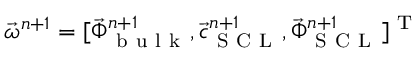
\vec { \omega } ^ { n + 1 } = [ \vec { \Phi } _ { \mathrm { ~ b ~ u ~ l ~ k ~ } } ^ { n + 1 } , \vec { c } _ { \mathrm { ~ S ~ C ~ L ~ } } ^ { n + 1 } , \vec { \Phi } _ { \mathrm { ~ S ~ C ~ L ~ } } ^ { n + 1 } ] ^ { \mathrm { ~ T ~ } }